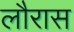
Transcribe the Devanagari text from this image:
लौरास